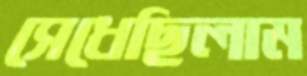
সেধেছিলাম